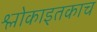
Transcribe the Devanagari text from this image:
श्लोकाइतकाच